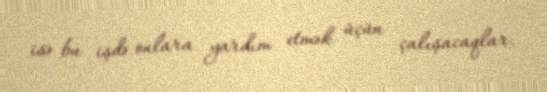
isə bu işdə onlara yardım etmək üçün çalışacaqlar.